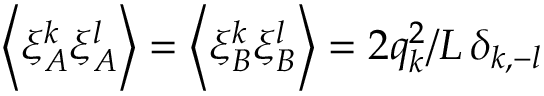
\left\langle \xi _ { A } ^ { k } \xi _ { A } ^ { l } \right\rangle = \left\langle \xi _ { B } ^ { k } \xi _ { B } ^ { l } \right\rangle = 2 q _ { k } ^ { 2 } / L \, \delta _ { k , - l }